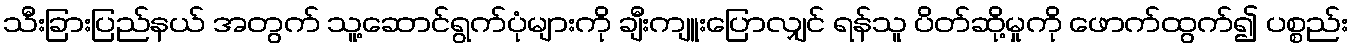
သီးခြားပြည်နယ် အတွက် သူ့ဆောင်ရွက်ပုံများကို ချီးကျူးပြောလျှင် ရန်သူ ပိတ်ဆို့မှုကို ဖောက်ထွက်၍ ပစ္စည်း